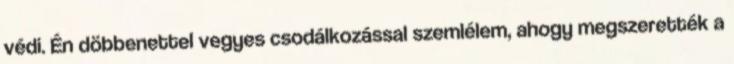
védi. Én döbbenettel vegyes csodálkozással szemlélem, ahogy megszerették a